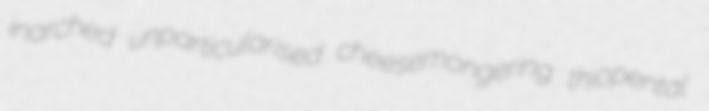
inarched unparticularised cheesemongering thiopental